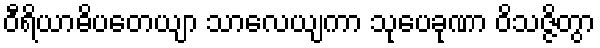
ဝီရိယာဓိပတေယျာ သာလေယျကာ သုပေခုဏာ ဝိသဇ္ဇိတွာ